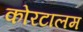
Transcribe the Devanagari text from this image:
कोरटालम